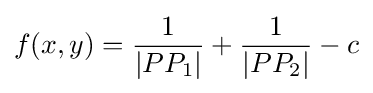
f(x,y)={\frac {1}{|PP_{1}|}}+{\frac {1}{|PP_{2}|}}-c